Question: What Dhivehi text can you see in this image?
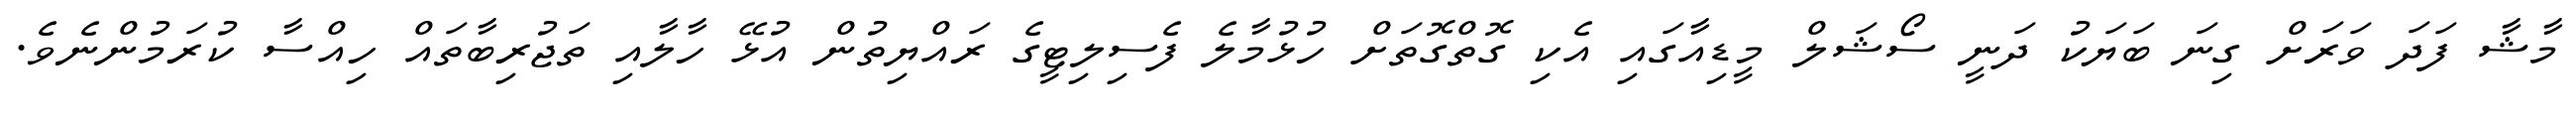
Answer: މާޝާ ފަދަ ވަރަށް ގިނަ ބަޔަކު ދަނީ ސޯޝަލް މީޑިއާގައި އެކި ގޮތްގޮތަށް ހުޅުމާލެ ފެސިލިޓީގެ ރައްޔިތުން އުޅޭ ހާލާއި ތަޖުރިބާތައް ހިއްސާ ކުރަމުންނެވެ.